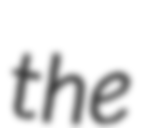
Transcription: the